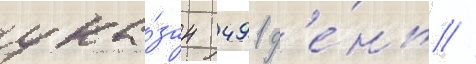
ука́зан 491 д'е́нь //